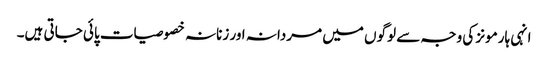
انہی ہارمونز کی وجہ سے لوگوں میں مردانہ اور زنانہ خصوصیات پائی جاتی ہیں۔